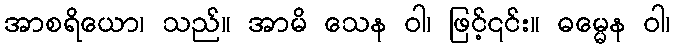
အာစရိယော၊ သည်။ အာမိ သေန ဝါ၊ ဖြင့်၎င်း။ ဓမ္မေန ဝါ၊